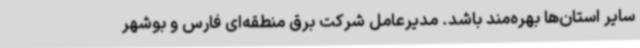
سایر استان‌ها بهره‌مند باشد. مدیرعامل شرکت برق منطقه‌ای فارس و بوشهر